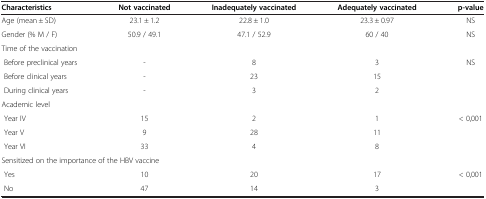
<table><thead><tr><td><b>Characteristics</b></td><td><b>Not vaccinated</b></td><td><b>Inadequately vaccinated</b></td><td><b>Adequately vaccinated</b></td><td><b>p-value</b></td></tr></thead><tbody><tr><td>Age (mean ± SD)</td><td>23.1 ± 1.2</td><td>22.8 ± 1.0</td><td>23.3 ± 0.97</td><td>NS</td></tr><tr><td>Gender (% M / F)</td><td>50.9 / 49.1</td><td>47.1 / 52.9</td><td>60 / 40</td><td>NS</td></tr><tr><td colspan="5">Time of the vaccination</td></tr><tr><td> Before preclinical years</td><td>-</td><td>8</td><td>3</td><td rowspan="3">NS</td></tr><tr><td> Before clinical years</td><td>-</td><td>23</td><td>15</td></tr><tr><td> During clinical years</td><td>-</td><td>3</td><td>2</td></tr><tr><td colspan="5">Academic level</td></tr><tr><td> Year IV</td><td>15</td><td>2</td><td>1</td><td rowspan="3">&lt; 0,001</td></tr><tr><td> Year V</td><td>9</td><td>28</td><td>11</td></tr><tr><td> Year VI</td><td>33</td><td>4</td><td>8</td></tr><tr><td colspan="5">Sensitized on the importance of the HBV vaccine</td></tr><tr><td> Yes</td><td>10</td><td>20</td><td>17</td><td rowspan="2">&lt; 0,001</td></tr><tr><td> No</td><td>47</td><td>14</td><td>3</td></tr></tbody></table>